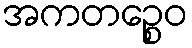
အကတဉ္စေဝ